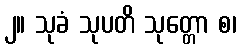
၂။ သုခံ သုပတိ သုတ္တော စ၊